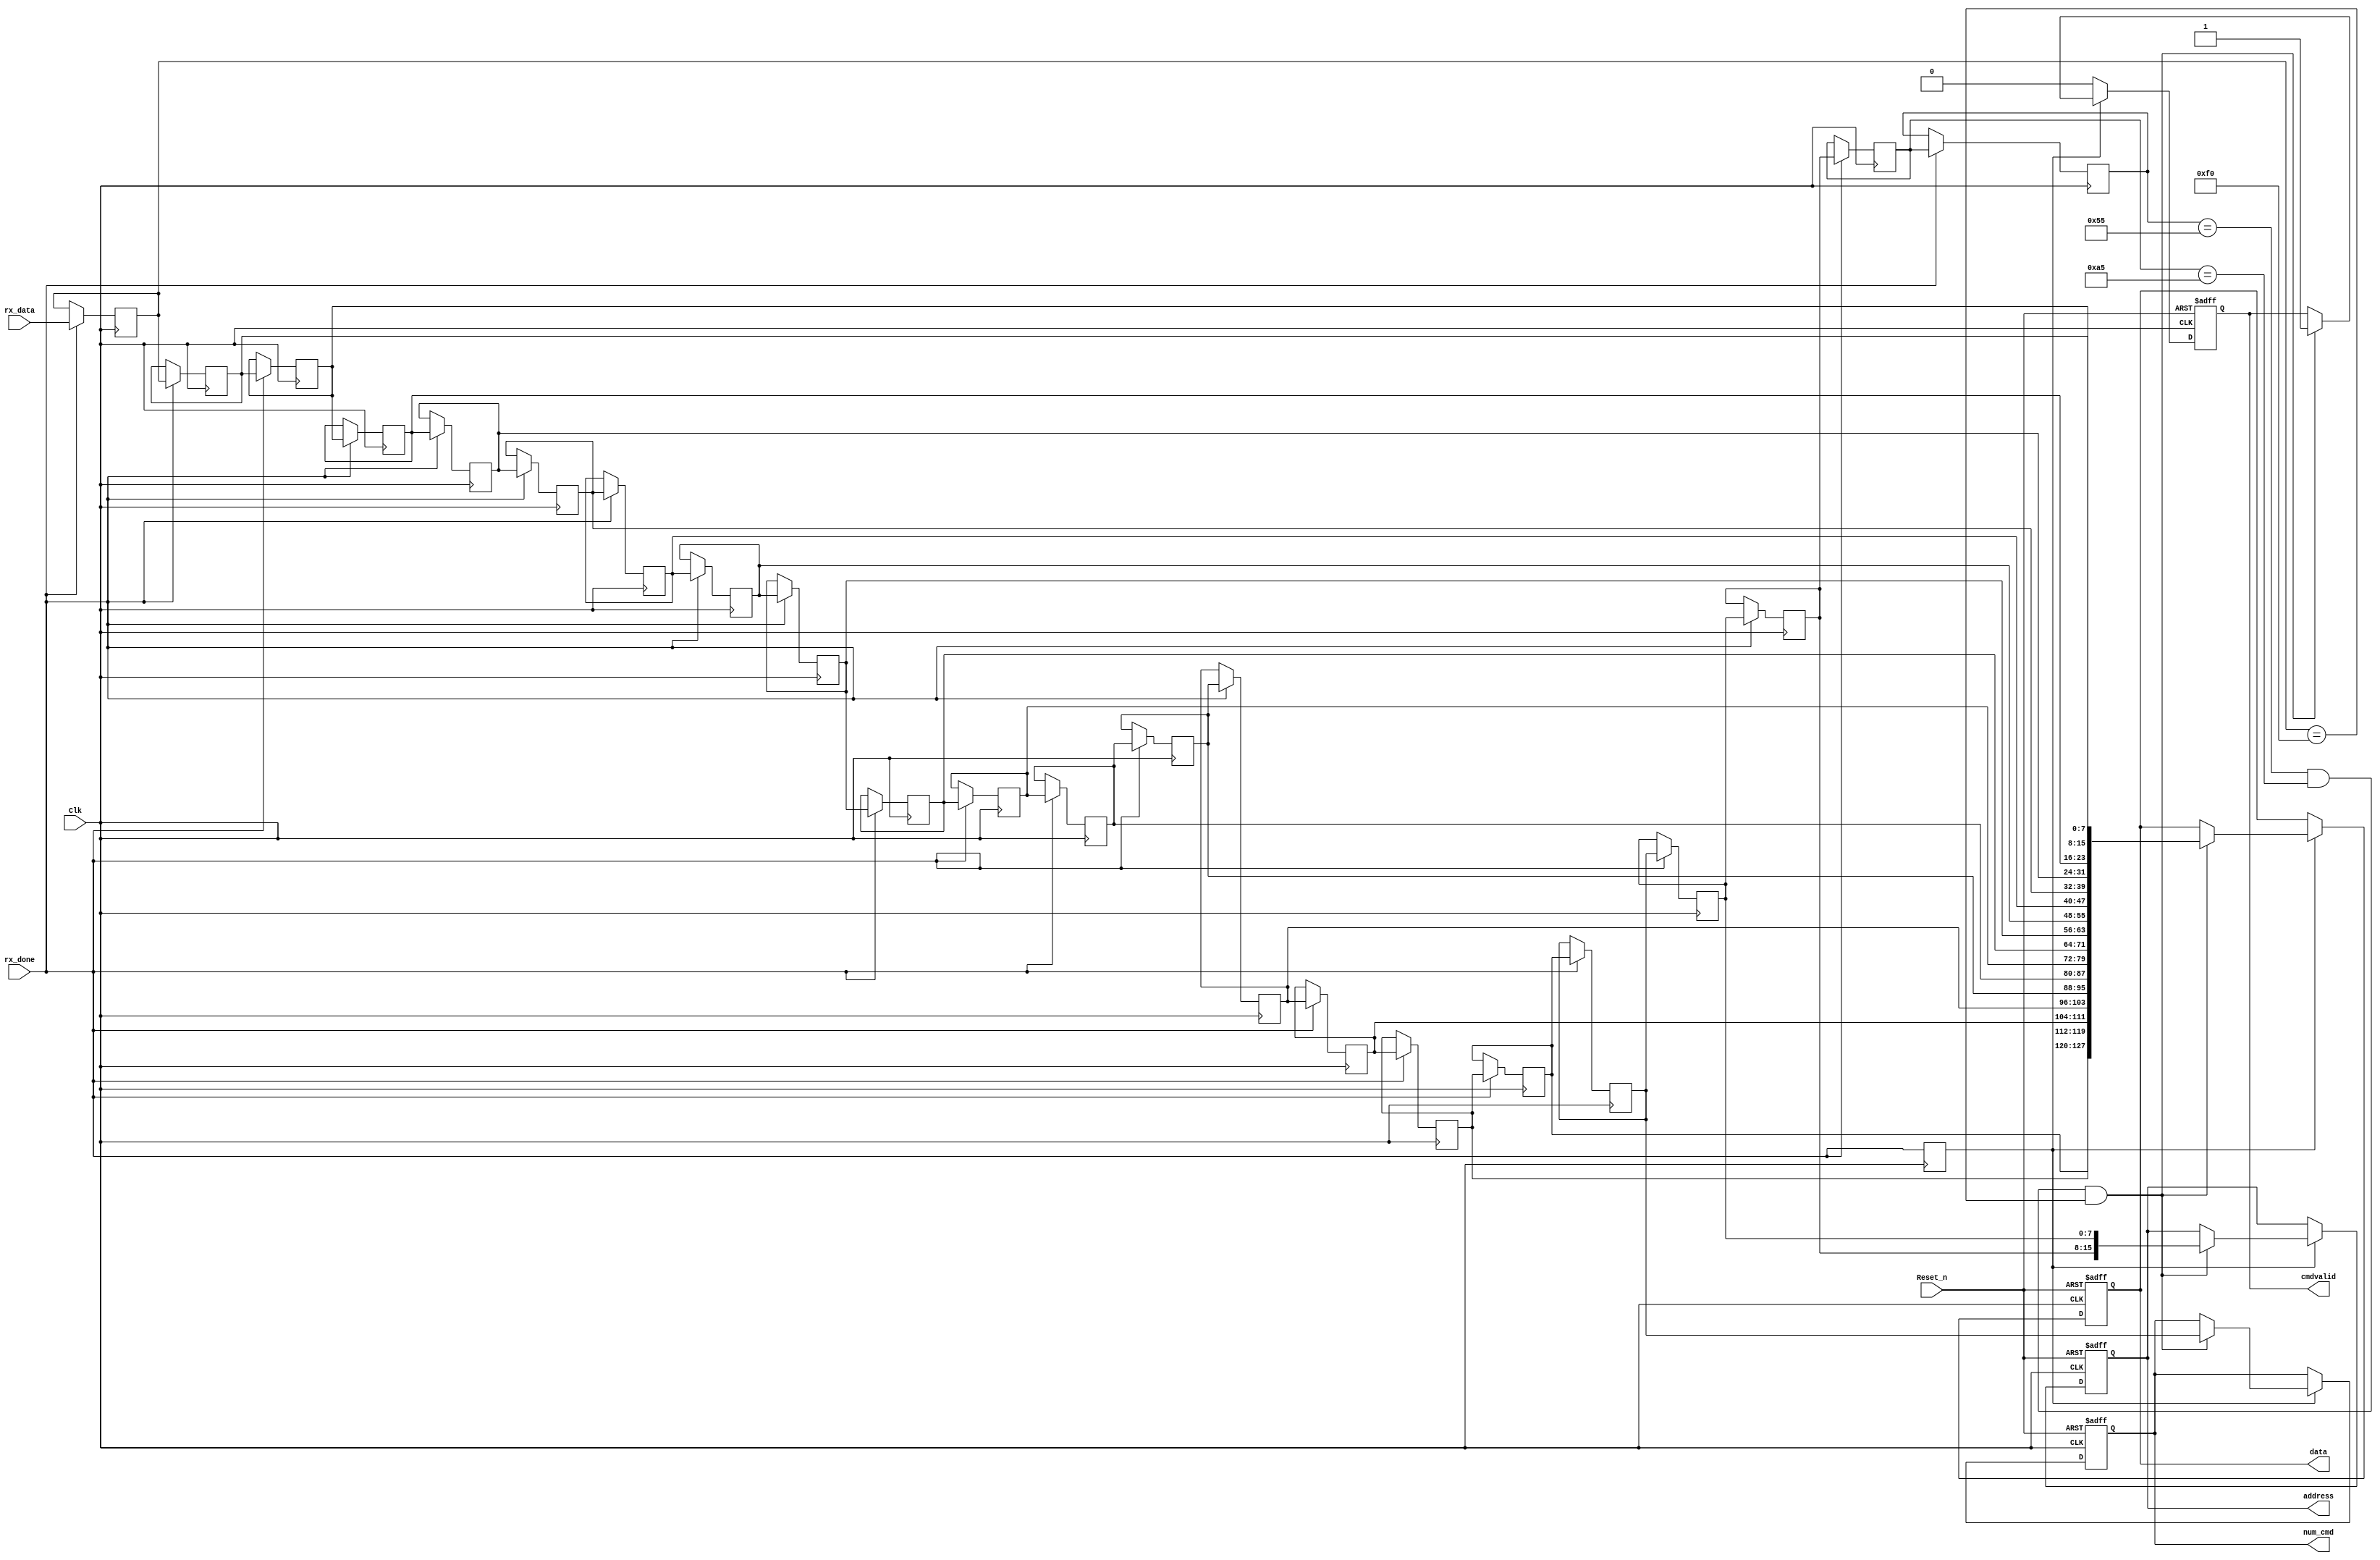
// This program was cloned from: https://github.com/abdelazeem201/SoC-FPGA
// License: MIT License

`timescale 1ns/1ns

module uart_cmd(
    Clk,
    Reset_n,
    rx_data,
    rx_done,
    address,
    data,
    num_cmd,
    cmdvalid
);
    
    input Clk;
    input Reset_n;
    input [7:0]rx_data;
    input rx_done;
    output reg[15:0]address;
    output reg[127:0]data;
    output reg cmdvalid;
    output reg [7:0]num_cmd;
    
    reg [7:0] data_str [21:0];
    always@(posedge Clk)
    if(rx_done)begin
        data_str[21] <= #1 rx_data;
        data_str[20] <= #1 data_str[21];
        data_str[19] <= #1 data_str[20];
        data_str[18] <= #1 data_str[19];
        data_str[17] <= #1 data_str[18];
        data_str[16] <= #1 data_str[17];
        data_str[15] <= #1 data_str[16];
        data_str[14] <= #1 data_str[15];
        data_str[13] <= #1 data_str[14];
        data_str[12] <= #1 data_str[13];
        data_str[11] <= #1 data_str[12];
        data_str[10] <= #1 data_str[11]; 
        data_str[9] <= #1 data_str[10];
        data_str[8] <= #1 data_str[9];
        data_str[7] <= #1 data_str[8];           
        data_str[6] <= #1 data_str[7];
        data_str[5] <= #1 data_str[6];
        data_str[4] <= #1 data_str[5];
        data_str[3] <= #1 data_str[4];
        data_str[2] <= #1 data_str[3];
        data_str[1] <= #1 data_str[2];
        data_str[0] <= #1 data_str[1];        
    end
    
    reg r_rx_done;
    always@(posedge Clk)
        r_rx_done <= rx_done;
    
    always@(posedge Clk or negedge Reset_n)
    if(!Reset_n) begin
        address <= #1 0;
        data <= #1 0;
        cmdvalid <= #1 0;
        num_cmd <= #1 0;
    end else if(r_rx_done)begin
        if((data_str[0] == 8'h55) && (data_str[1] == 8'hA5) && (data_str[21] == 8'hF0))begin
            data <= #1 {data_str[5],data_str[6],data_str[7],data_str[8],data_str[9],
                        data_str[10],data_str[11],data_str[12],data_str[13],data_str[14],data_str[15],
                        data_str[16],data_str[17],data_str[18],data_str[19],data_str[20]};
            num_cmd <= #1 data_str[4];
            address <= #1 {data_str[2],data_str[3]};
            cmdvalid <= #1 1;
        end
    end
    else
        cmdvalid <= #1 0;     
    
endmodule